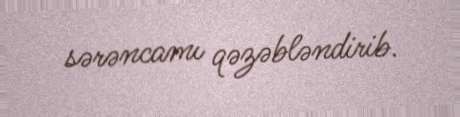
sərəncamı qəzəbləndirib.